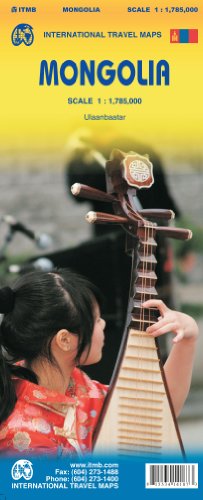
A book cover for Mongolia 1:1,785,000 Travel Map with Ulanbatar plan, 2013 edition; ITMB; Travel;